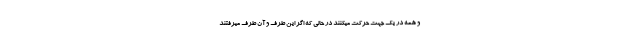
و همه در یک جهت حرکت میکنند در حالی که اگر این طرف و آن طرف میرفتند